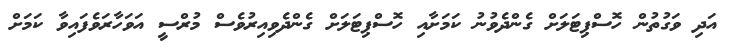
އަދި ވަގުތުން ހޮސްޕިޓަލަށް ގެންދެވުނު ކަމަށާއި ހޮސްޕިޓަލަށް ގެންދެވިއިރުވެސް މުރްސީ އަވަހާރަވެފައިވާ ކަމަށް